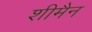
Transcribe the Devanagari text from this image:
शीमैन